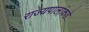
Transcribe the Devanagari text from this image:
राज्यपालांकडे